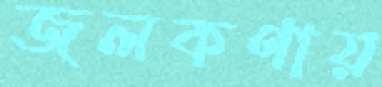
জলকণায়